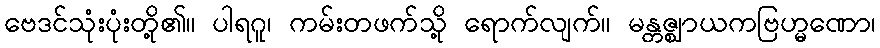
ဗေဒင်သုံးပုံးတို့၏။ ပါရဂူ၊ ကမ်းတဖက်သို့ ရောက်လျက်။ မန္တဇ္ဈာယကဗြဟ္မဏော၊